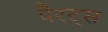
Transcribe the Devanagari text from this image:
पैरट्स